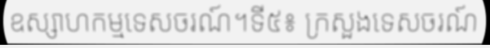
ឧស្សាហកម្មទេសចរណ៍។ទី៥៖ ក្រសួងទេសចរណ៍